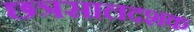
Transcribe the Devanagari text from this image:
छत्रसालदशक